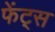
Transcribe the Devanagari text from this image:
फेंट्स